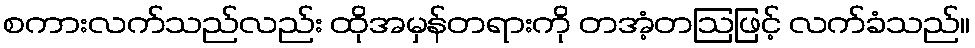
စကားလက်သည်လည်း ထိုအမှန်တရားကို တအံ့တဩဖြင့် လက်ခံသည်။